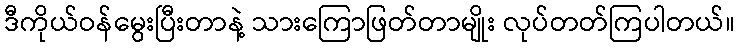
ဒီကိုယ်ဝန်မွေးပြီးတာနဲ့ သားကြောဖြတ်တာမျိုး လုပ်တတ်ကြပါတယ်။